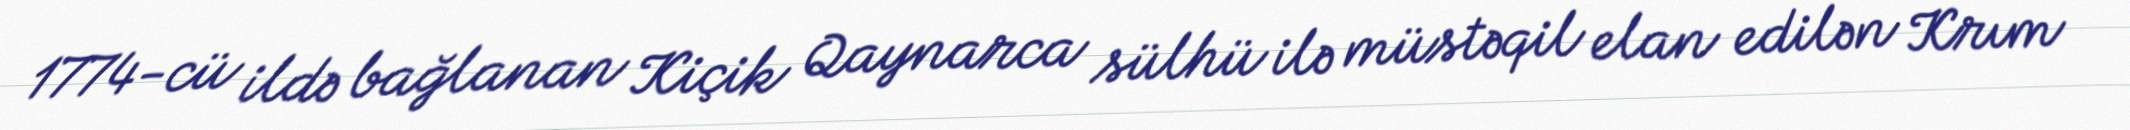
1774-cü ildə bağlanan Kiçik Qaynarca sülhü ilə müstəqil elan edilən Krım